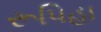
રૂપિહા